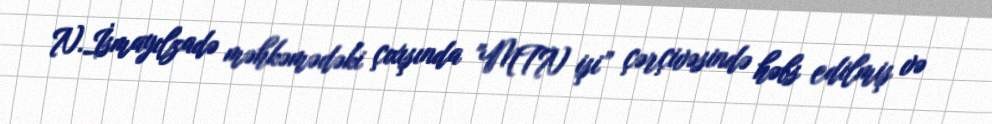
N.İsmayılzadə məhkəmədəki çıxışında "MTN işi” çərçivəsində həbs edilmiş və